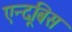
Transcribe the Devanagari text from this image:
एन्दूबिस